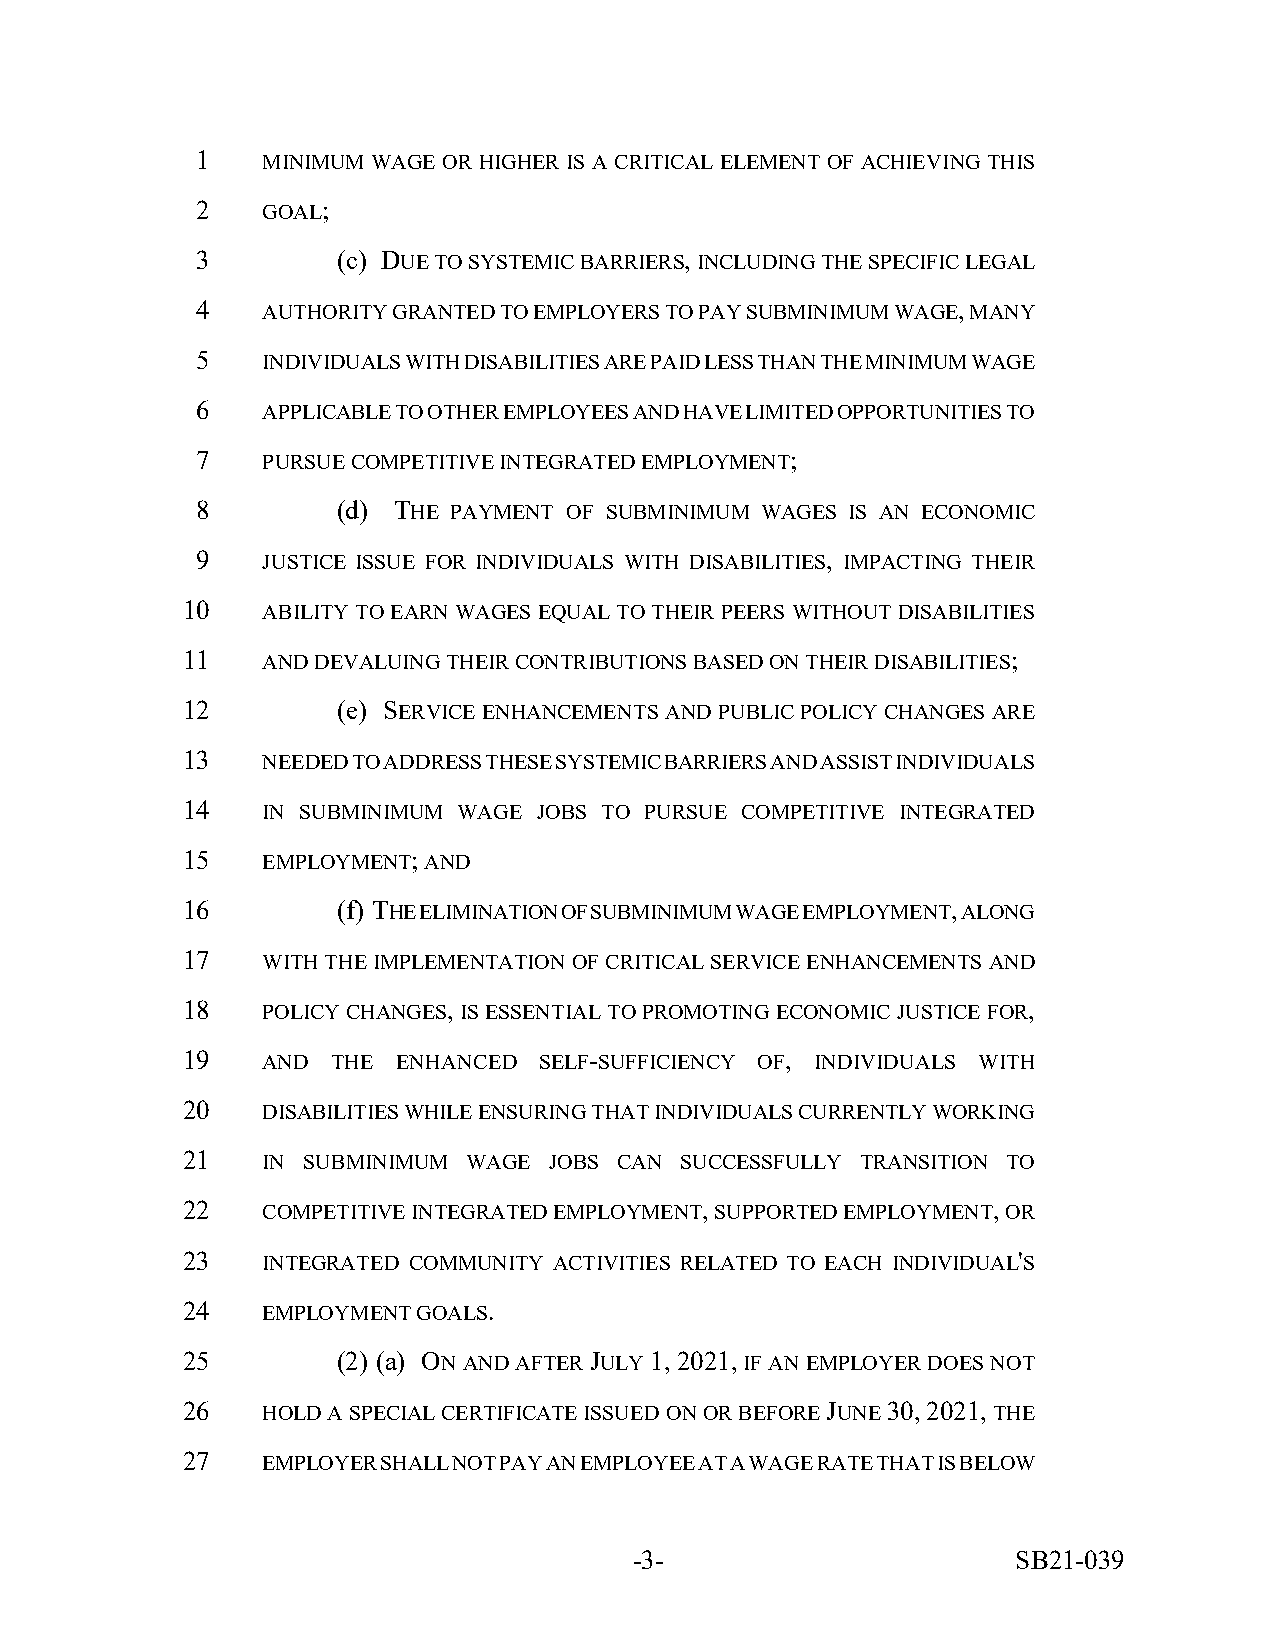
1   MINIMUM WAGE OR HIGHER IS A CRITICAL ELEMENT OF ACHIEVING THIS
 2   GOAL;
 3        (c) DUE TO SYSTEMIC BARRIERS, INCLUDING THE SPECIFIC LEGAL
 4   AUTHORITY GRANTED TO EMPLOYERS TO PAY SUBMINIMUM WAGE, MANY
 5   INDIVIDUALS WITH DISABILITIES ARE PAID LESS THAN THE MINIMUM WAGE
 6   APPLICABLE TO OTHER EMPLOYEES AND HAVE LIMITED OPPORTUNITIES TO
 7   PURSUE COMPETITIVE INTEGRATED EMPLOYMENT;
 8        (d) THE PAYMENT OF SUBMINIMUM WAGES IS AN ECONOMIC
 9   JUSTICE ISSUE FOR INDIVIDUALS WITH DISABILITIES, IMPACTING THEIR
 10   ABILITY TO EARN WAGES EQUAL TO THEIR PEERS WITHOUT DISABILITIES
 11   AND DEVALUING THEIR CONTRIBUTIONS BASED ON THEIR DISABILITIES;
 12        (e) SERVICE ENHANCEMENTS AND PUBLIC POLICY CHANGES ARE
 13   NEEDED TO ADDRESS THESE SYSTEMIC BARRIERS AND ASSIST INDIVIDUALS
 14   IN SUBMINIMUM WAGE JOBS TO PURSUE COMPETITIVE INTEGRATED
 15   EMPLOYMENT; AND
 16        (f) THE ELIMINATION OF SUBMINIMUM WAGE EMPLOYMENT, ALONG
 17   WITH THE IMPLEMENTATION OF CRITICAL SERVICE ENHANCEMENTS AND
 18   POLICY CHANGES, IS ESSENTIAL TO PROMOTING ECONOMIC JUSTICE FOR,
 19   AND  THE ENHANCED  SELF-SUFFICIENCY OF, INDIVIDUALS WITH
 20   DISABILITIES WHILE ENSURING THAT INDIVIDUALS CURRENTLY WORKING
 21   IN SUBMINIMUM WAGE JOBS CAN SUCCESSFULLY TRANSITION TO
 22   COMPETITIVE INTEGRATED EMPLOYMENT, SUPPORTED EMPLOYMENT, OR
 23   INTEGRATED COMMUNITY ACTIVITIES RELATED TO EACH INDIVIDUAL'S
 24   EMPLOYMENT GOALS.
 25        (2) (a) ON AND AFTER JULY 1, 2021, IF AN EMPLOYER DOES NOT
 26   HOLD A SPECIAL CERTIFICATE ISSUED ON OR BEFORE JUNE 30, 2021, THE
 27   EMPLOYER SHALL NOT PAY AN EMPLOYEE AT A WAGE RATE THAT IS BELOW
 -3-                      SB21-039